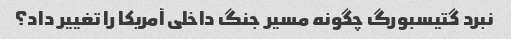
نبرد گتیسبورگ چگونه مسیر جنگ داخلی آمریکا را تغییر داد؟